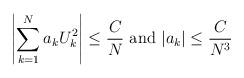
LaTeX: \begin{align*}\left|\sum_{k=1}^{N} a_k U_k^2 \right| \leq \frac{C}{N} \textrm{ and }|a_k|\leq \frac{C}{N^3} \end{align*}